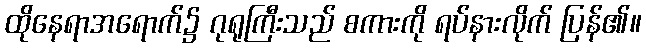
ထိုနေရာအရောက်၌ ဂုရုကြီးသည် စကားကို ရပ်နားလိုက် ပြန်၏။